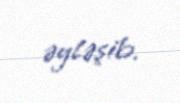
əyləşib.